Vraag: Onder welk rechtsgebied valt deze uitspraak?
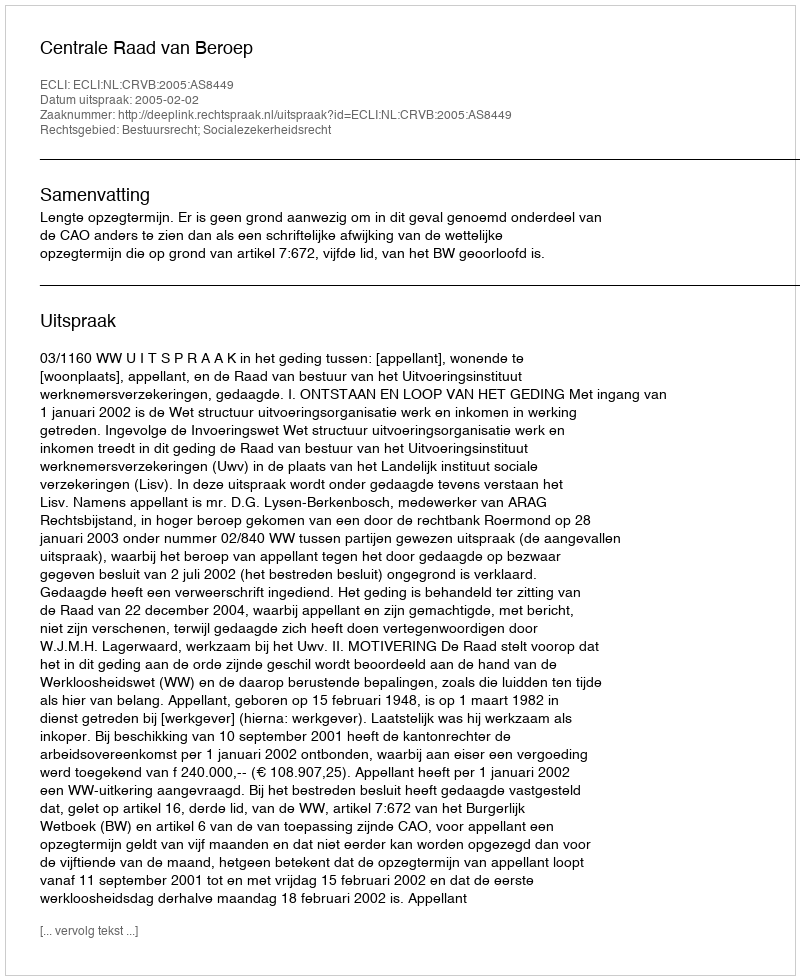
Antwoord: Bestuursrecht; Socialezekerheidsrecht